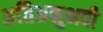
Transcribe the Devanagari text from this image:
अतिअनुभवी